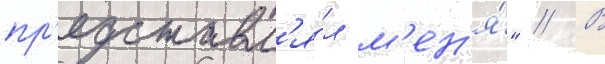
пр'едставл'я́л м'ен'я́" // В